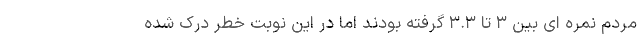
مردم نمره ای بین ۳ تا ۳.۳ گرفته بودند اما در این نوبت خطر درک شده